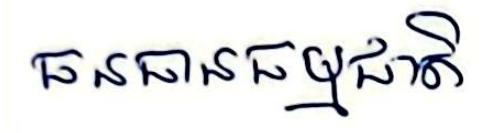
ធនធានធម្មជាតិ